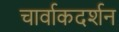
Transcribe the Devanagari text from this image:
चार्वाकदर्शन